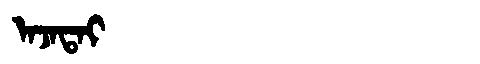
Manchu: ᠠᠵᠠᡨᠠᡳ
Romanization: AJATAI